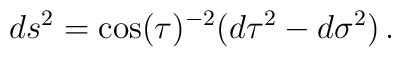
ds^2 = \cos(\tau)^{-2}(d\tau^2 - d\sigma^2)\, .